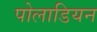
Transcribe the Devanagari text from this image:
पोलाडियन